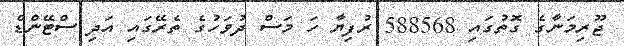
ޖޫރިމަނާގެ ގޮތުގައި 588568 ރުފިޔާ ހަ މަސް ދުވަހުގެ ތެރޭގައި އަދި ސްޓޭންޑް